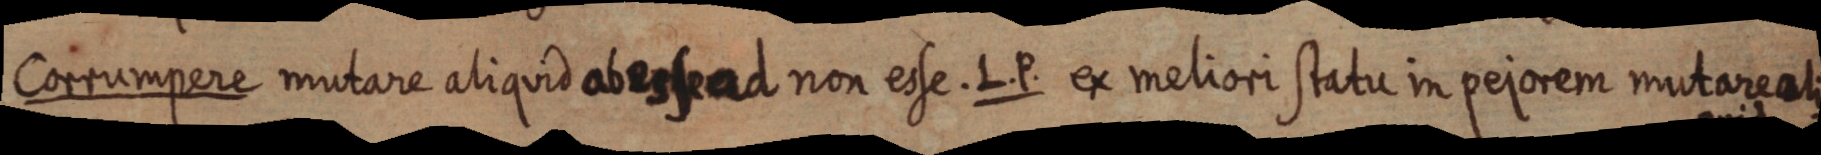
Corrumpere mutare aliquid abessead non esse. L. P. ex meliori statu in pejorem mutareali